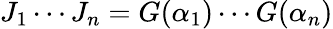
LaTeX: J_{1}\cdots J_{n}=G(\alpha_{1})\cdots G(\alpha_{n})